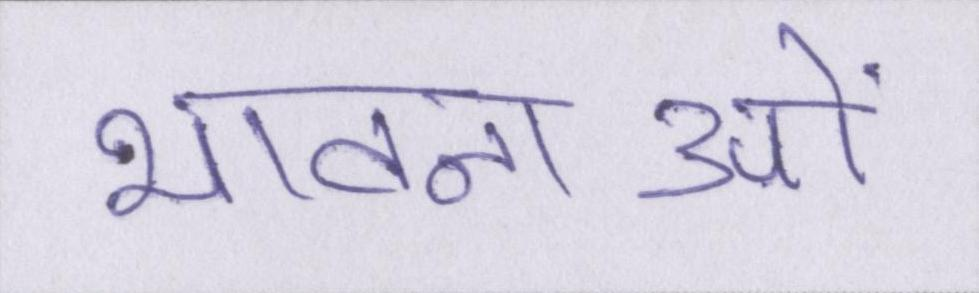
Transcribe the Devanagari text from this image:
भावनाओं